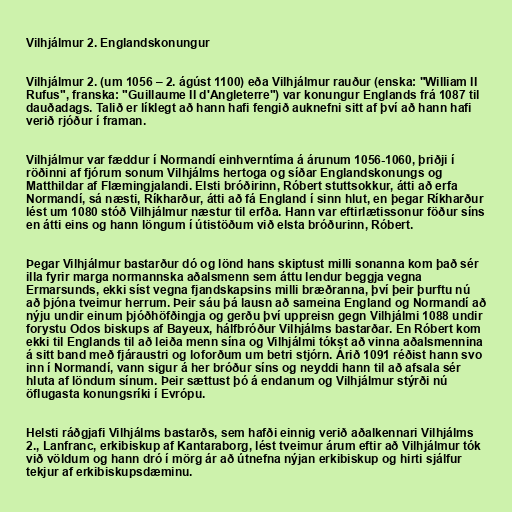
Vilhjálmur 2. Englandskonungur

Vilhjálmur 2. (um 1056 – 2. ágúst 1100) eða Vilhjálmur rauður (enska: "William II
Rufus", franska: "Guillaume II d'Angleterre") var konungur Englands frá 1087 til
dauðadags. Talið er líklegt að hann hafi fengið auknefni sitt af því að hann hafi
verið rjóður í framan.

Vilhjálmur var fæddur í Normandí einhverntíma á árunum 1056-1060, þriðji í
röðinni af fjórum sonum Vilhjálms hertoga og síðar Englandskonungs og
Matthildar af Flæmingjalandi. Elsti bróðirinn, Róbert stuttsokkur, átti að erfa
Normandí, sá næsti, Ríkharður, átti að fá England í sinn hlut, en þegar Ríkharður
lést um 1080 stóð Vilhjálmur næstur til erfða. Hann var eftirlætissonur föður síns
en átti eins og hann löngum í útistöðum við elsta bróðurinn, Róbert.

Þegar Vilhjálmur bastarður dó og lönd hans skiptust milli sonanna kom það sér
illa fyrir marga normannska aðalsmenn sem áttu lendur beggja vegna
Ermarsunds, ekki síst vegna fjandskapsins milli bræðranna, því þeir þurftu nú
að þjóna tveimur herrum. Þeir sáu þá lausn að sameina England og Normandí að
nýju undir einum þjóðhöfðingja og gerðu því uppreisn gegn Vilhjálmi 1088 undir
forystu Odos biskups af Bayeux, hálfbróður Vilhjálms bastarðar. En Róbert kom
ekki til Englands til að leiða menn sína og Vilhjálmi tókst að vinna aðalsmennina
á sitt band með fjáraustri og loforðum um betri stjórn. Árið 1091 réðist hann svo
inn í Normandí, vann sigur á her bróður síns og neyddi hann til að afsala sér
hluta af löndum sínum. Þeir sættust þó á endanum og Vilhjálmur stýrði nú
öflugasta konungsríki í Evrópu.

Helsti ráðgjafi Vilhjálms bastarðs, sem hafði einnig verið aðalkennari Vilhjálms
2., Lanfranc, erkibiskup af Kantaraborg, lést tveimur árum eftir að Vilhjálmur tók
við völdum og hann dró í mörg ár að útnefna nýjan erkibiskup og hirti sjálfur
tekjur af erkibiskupsdæminu.